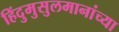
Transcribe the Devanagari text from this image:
हिंदुमुसुलमानांच्या